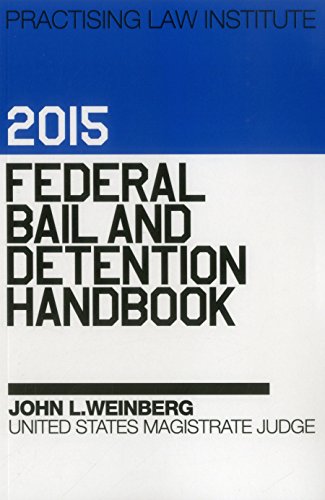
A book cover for Federal Bail and Detention Handbook 2015; John L. Weinberg; Law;